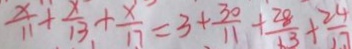
\frac { x } { 1 1 } + \frac { x } { 1 3 } + \frac { x } { 1 7 } = 3 + \frac { 3 0 } { 1 1 } + \frac { 2 8 } { 1 3 } + \frac { 2 4 } { 1 7 }